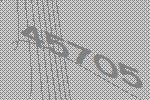
45705